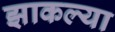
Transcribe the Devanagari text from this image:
झाकल्या